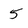
Character: 5